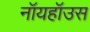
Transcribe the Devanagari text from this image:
नॉयहॉउस